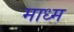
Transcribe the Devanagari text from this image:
माध्म